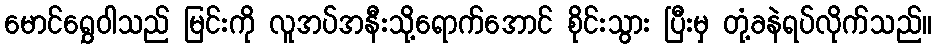
မောင်ရွှေဝါသည် မြင်းကို လူအပ်အနီးသို့ရောက်အောင် စိုင်းသွား ပြီးမှ တုံ့ခနဲရပ်လိုက်သည်။